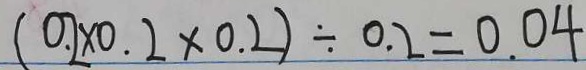
( 0 . 2 \times 0 . 2 \times 0 . 2 ) \div 0 . 2 = 0 . 0 4